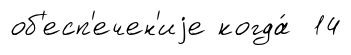
об'есп'ечен'иjе когда́ 14